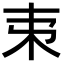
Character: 𣎺